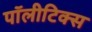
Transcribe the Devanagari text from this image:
पॉलीटिक्स